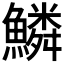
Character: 鱗